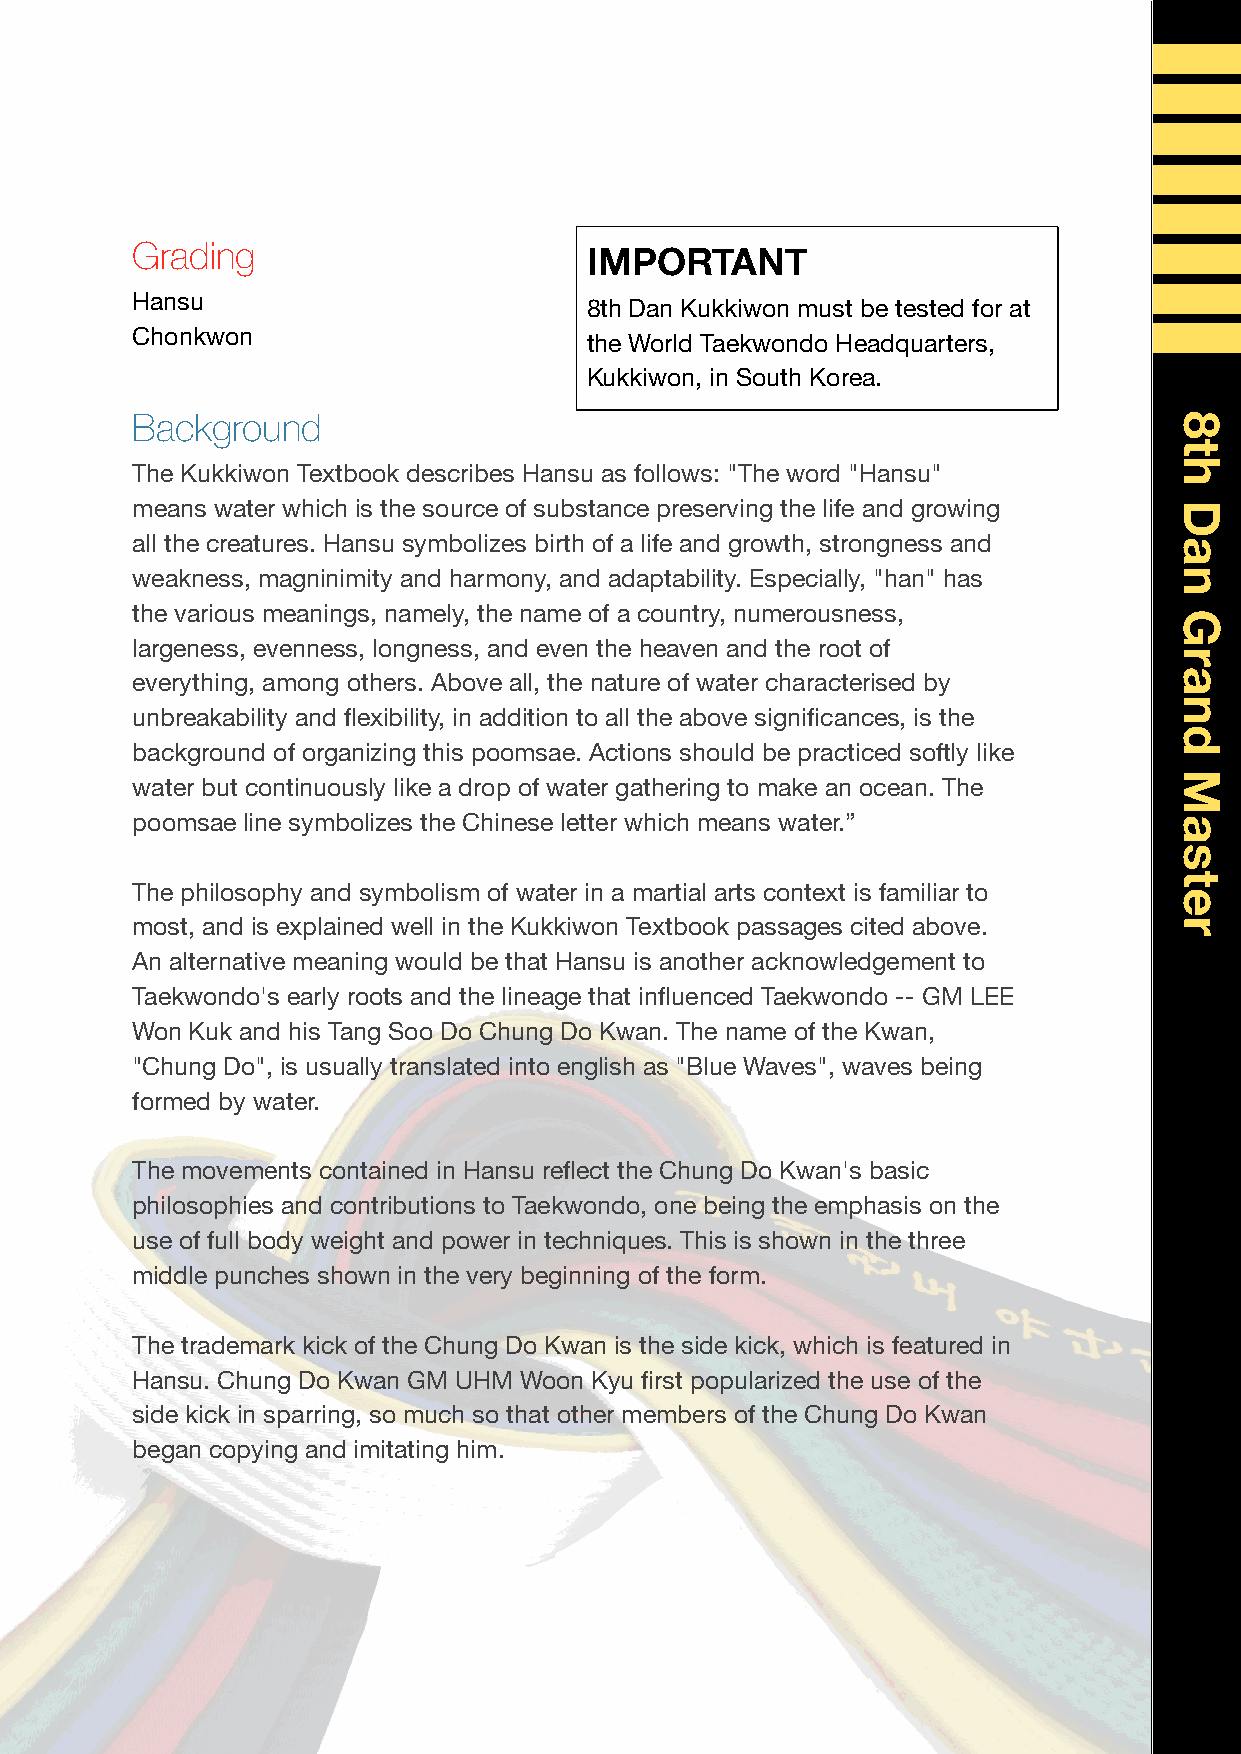
Grading                       IMPORTANT
 Hansu
 8th Dan Kukkiwon must be tested for at
 Chonkwon
 the World Taekwondo Headquarters,
 Kukkiwon, in South Korea.
 Background
 The Kukkiwon Textbook describes Hansu as follows: "The word "Hansu"
 means water which is the source of substance preserving the life and growing
 all the creatures. Hansu symbolizes birth of a life and growth, strongness and
 weakness, magninimity and harmony, and adaptability. Especially, "han" has
 the various meanings, namely, the name of a country, numerousness,
 largeness, evenness, longness, and even the heaven and the root of
 everything, among others. Above all, the nature of water characterised by
 unbreakability and flexibility, in addition to all the above significances, is the
 background of organizing this poomsae. Actions should be practiced softly like
 water but continuously like a drop of water gathering to make an ocean. The
 poomsae line symbolizes the Chinese letter which means water.”
 The philosophy and symbolism of water in a martial arts context is familiar to
 most, and is explained well in the Kukkiwon Textbook passages cited above.
 An alternative meaning would be that Hansu is another acknowledgement to
 Taekwondo's early roots and the lineage that influenced Taekwondo -- GM LEE
 Won Kuk and his Tang Soo Do Chung Do Kwan. The name of the Kwan,
 "Chung Do", is usually translated into english as "Blue Waves", waves being
 formed by water.
 The movements contained in Hansu reflect the Chung Do Kwan's basic
 philosophies and contributions to Taekwondo, one being the emphasis on the
 use of full body weight and power in techniques. This is shown in the three
 middle punches shown in the very beginning of the form.
 The trademark kick of the Chung Do Kwan is the side kick, which is featured in
 Hansu. Chung Do Kwan GM UHM Woon Kyu first popularized the use of the
 side kick in sparring, so much so that other members of the Chung Do Kwan
 began copying and imitating him.
 8th
 Dan
 Grand
 Master